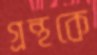
গ্রন্থকে